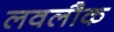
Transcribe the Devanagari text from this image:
लवलौक